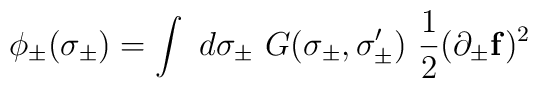
\phi_{\pm}(\sigma_{\pm}) = \int~ d\sigma_{\pm}~                  G(\sigma_{\pm},\sigma'_{\pm}) ~\frac{1}{2}                    (\partial_{\pm}{\bf f})^2